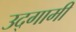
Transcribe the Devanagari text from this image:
उद्‌गामी